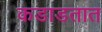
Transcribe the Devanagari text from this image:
कडाडतात